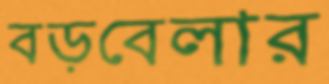
বড়বেলার